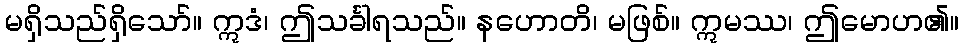
မရှိသည်ရှိသော်။ ဣဒံ၊ ဤသင်္ခါရသည်။ နဟောတိ၊ မဖြစ်။ ဣမဿ၊ ဤမောဟ၏။